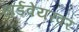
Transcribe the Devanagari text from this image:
हार्डवेयरवर